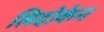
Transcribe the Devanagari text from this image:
लिदोकेन